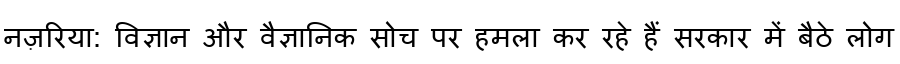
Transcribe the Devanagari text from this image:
नज़रिया: विज्ञान और वैज्ञानिक सोच पर हमला कर रहे हैं सरकार में बैठे लोग